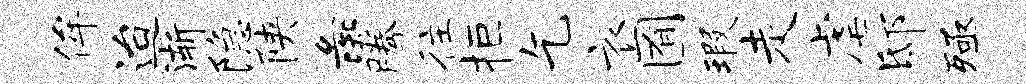
侔迨渐隐陕彘腾往拒乞衣囿瑕走虐邸殛